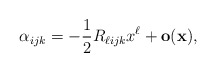
\begin{align*}\alpha _{ijk} = - \frac{1}{2} R_{\ell ijk} x^{\ell }+ \mathbf{o(}\mathbf{x)},\mathbf{}\end{align*}